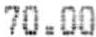
70.00